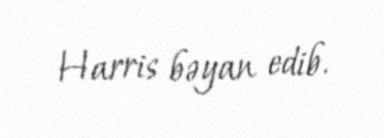
Harris bəyan edib.